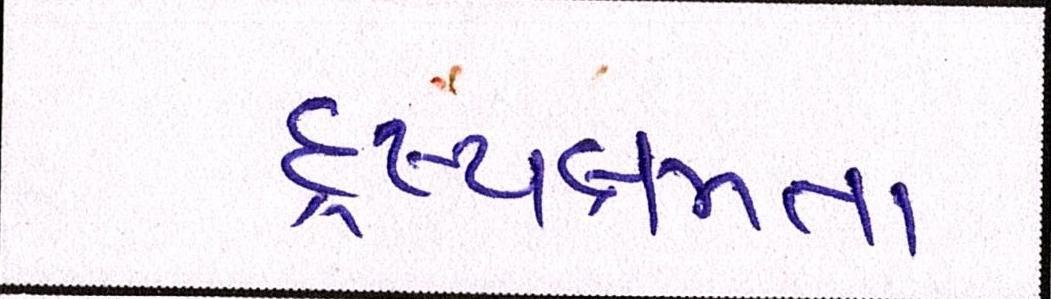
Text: દ્રષ્યક્ષમતા